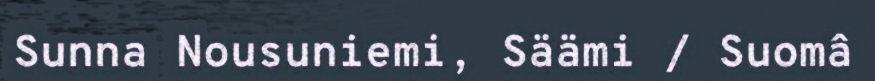
Sunna Nousuniemi, Säämi / Suomâ